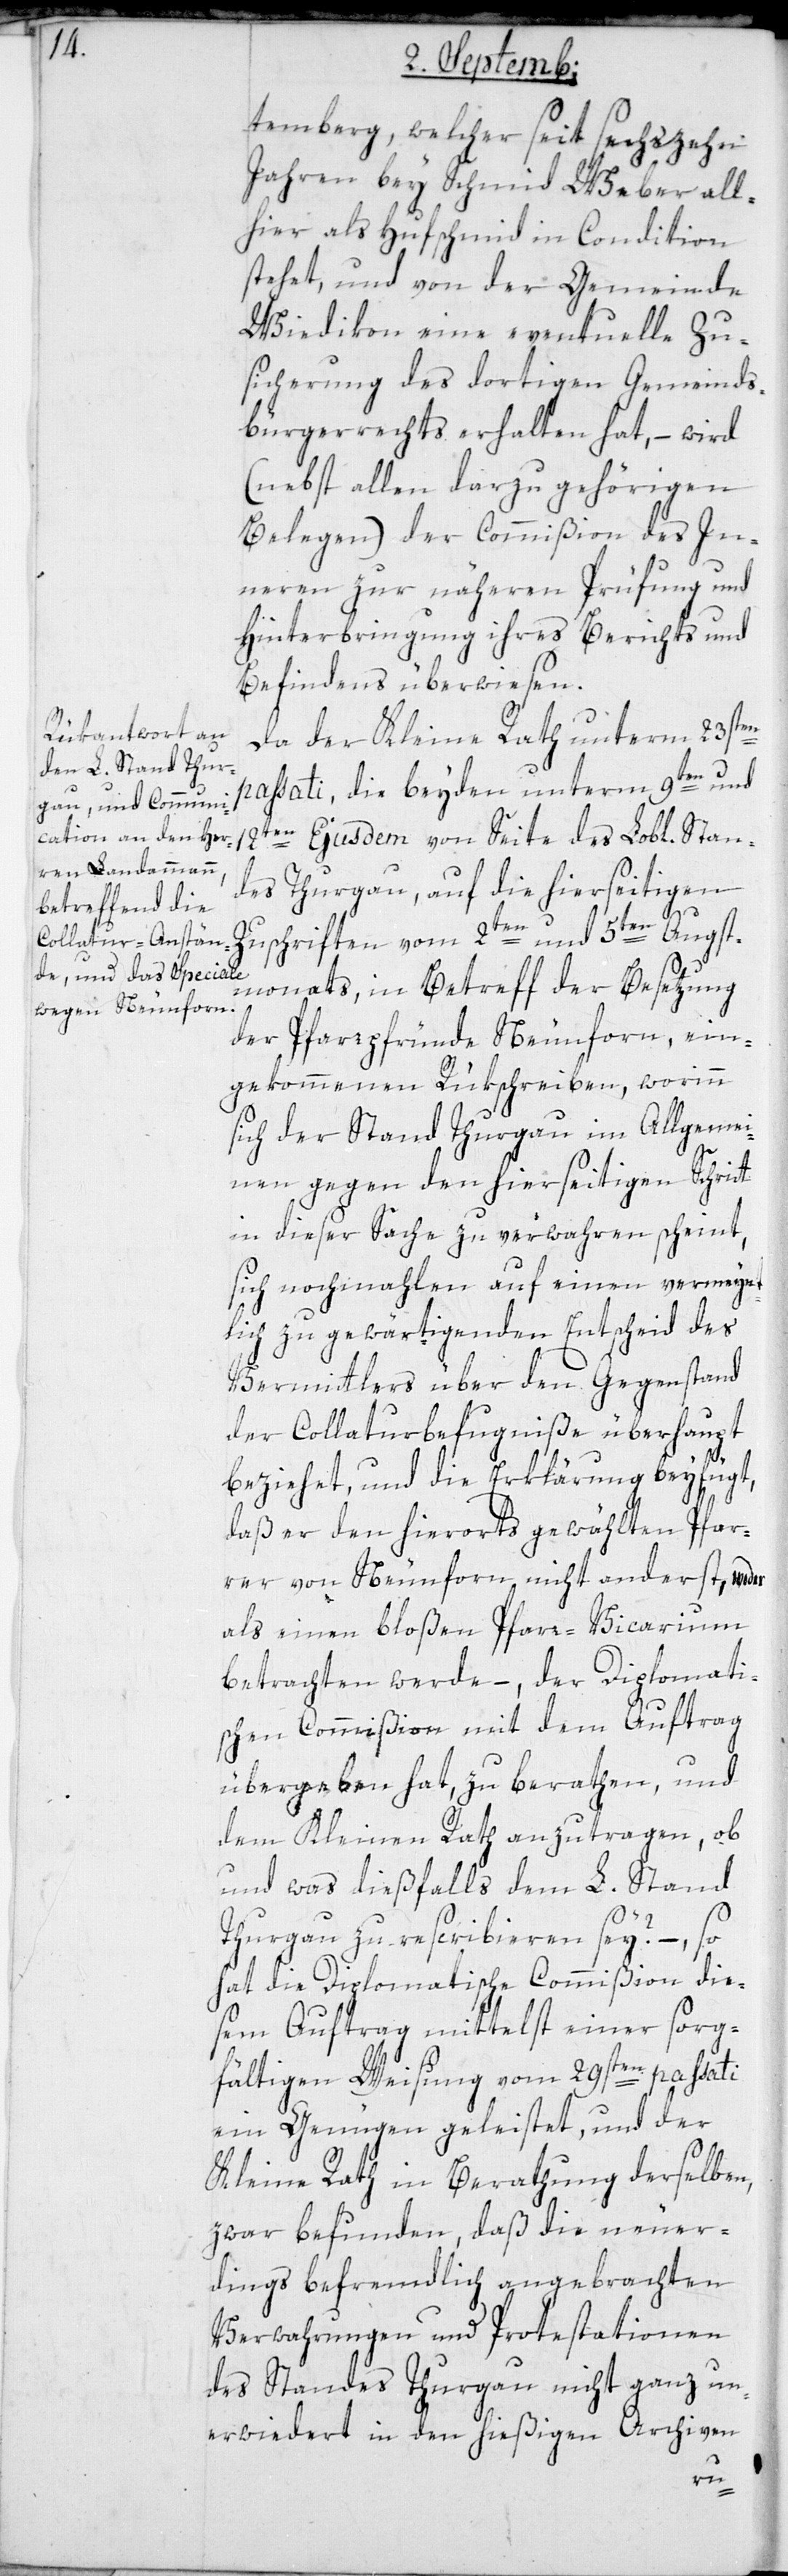
temberg, welcher seit sechszehn
Jahren bei Schmid Weber all¬
hier als Hufschmid in Condition
stehet, und von der Gemeinde
Wiedikon eine eventuelle Zu¬
sicherung des dortigen Gemeinds¬
bürgerrecht erhalten hat, – wird
(nebst allen darzu gehörigen
Belegen) der Commißion des In¬
nern zur näheren Prüfung und
Hinterbringung ihre Berichts und
Befindens überwiesen.
Da der Kleine Rath unterm 23sten
passati, die beyden, unterm 9ten und
12ten Ejusdem von Seite des Lobl. Stan¬
des Thurgau, auf die hierseitigen
Zuschriften vom 2ten und 5ten Augst¬
monats, in Betreff der Besetzung
der Pfarrpfründe Neunforn, ein¬
gekommenen Rükschreiben, worinn
sich der Stand Thurgau im Allgemei¬
nen gegen den hierseitigen Schritt
in dieser Sache zu verwahren scheint,
sich nochmahlen auf einen vermeint¬
lich zu gewärtigenden Entscheid des
Vermittlers über den Gegenstand
der Collaturbefugniße überhaupt
beziehet, und die Erklärung beyfügt,
daß er den hierorts gewählten Pfar¬
rer von Neunforn nicht anderst, weder
als einen bloßen Pfarr-Vicarium
betrachten werde, – der Diplomati¬
schen Commißion mit dem Auftrag
übergeben hat, zu berathen und
dem Kleinen Rath anzutragen, ob
und was dießfalls dem L. Stand
Thurgau zu rescribieren sei? – so
hat die Diplomatische Commißion die¬
sem Auftrag mittelst einer sorg¬
fältigen Weisung vom 29sten passati
ein Genügen geleistet, und der
Kleine Rath in Berathung derselben,
zwar befunden, daß die neuer¬
dings befremdlich angebrachten
Verwahrungen und Protestationen
des Standes Thurgau nicht ganz un¬
erwiedert in den hiesigen Archiven